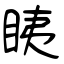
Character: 眱